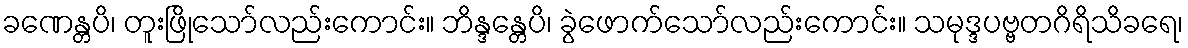
ခဏေန္တပိ၊ တူးဖြိုသော်လည်းကောင်း။ ဘိန္ဒန္တေပိ၊ ခွဲဖောက်သော်လည်းကောင်း။ သမုဒ္ဒပဗ္ဗတဂိရိသိခရေ၊